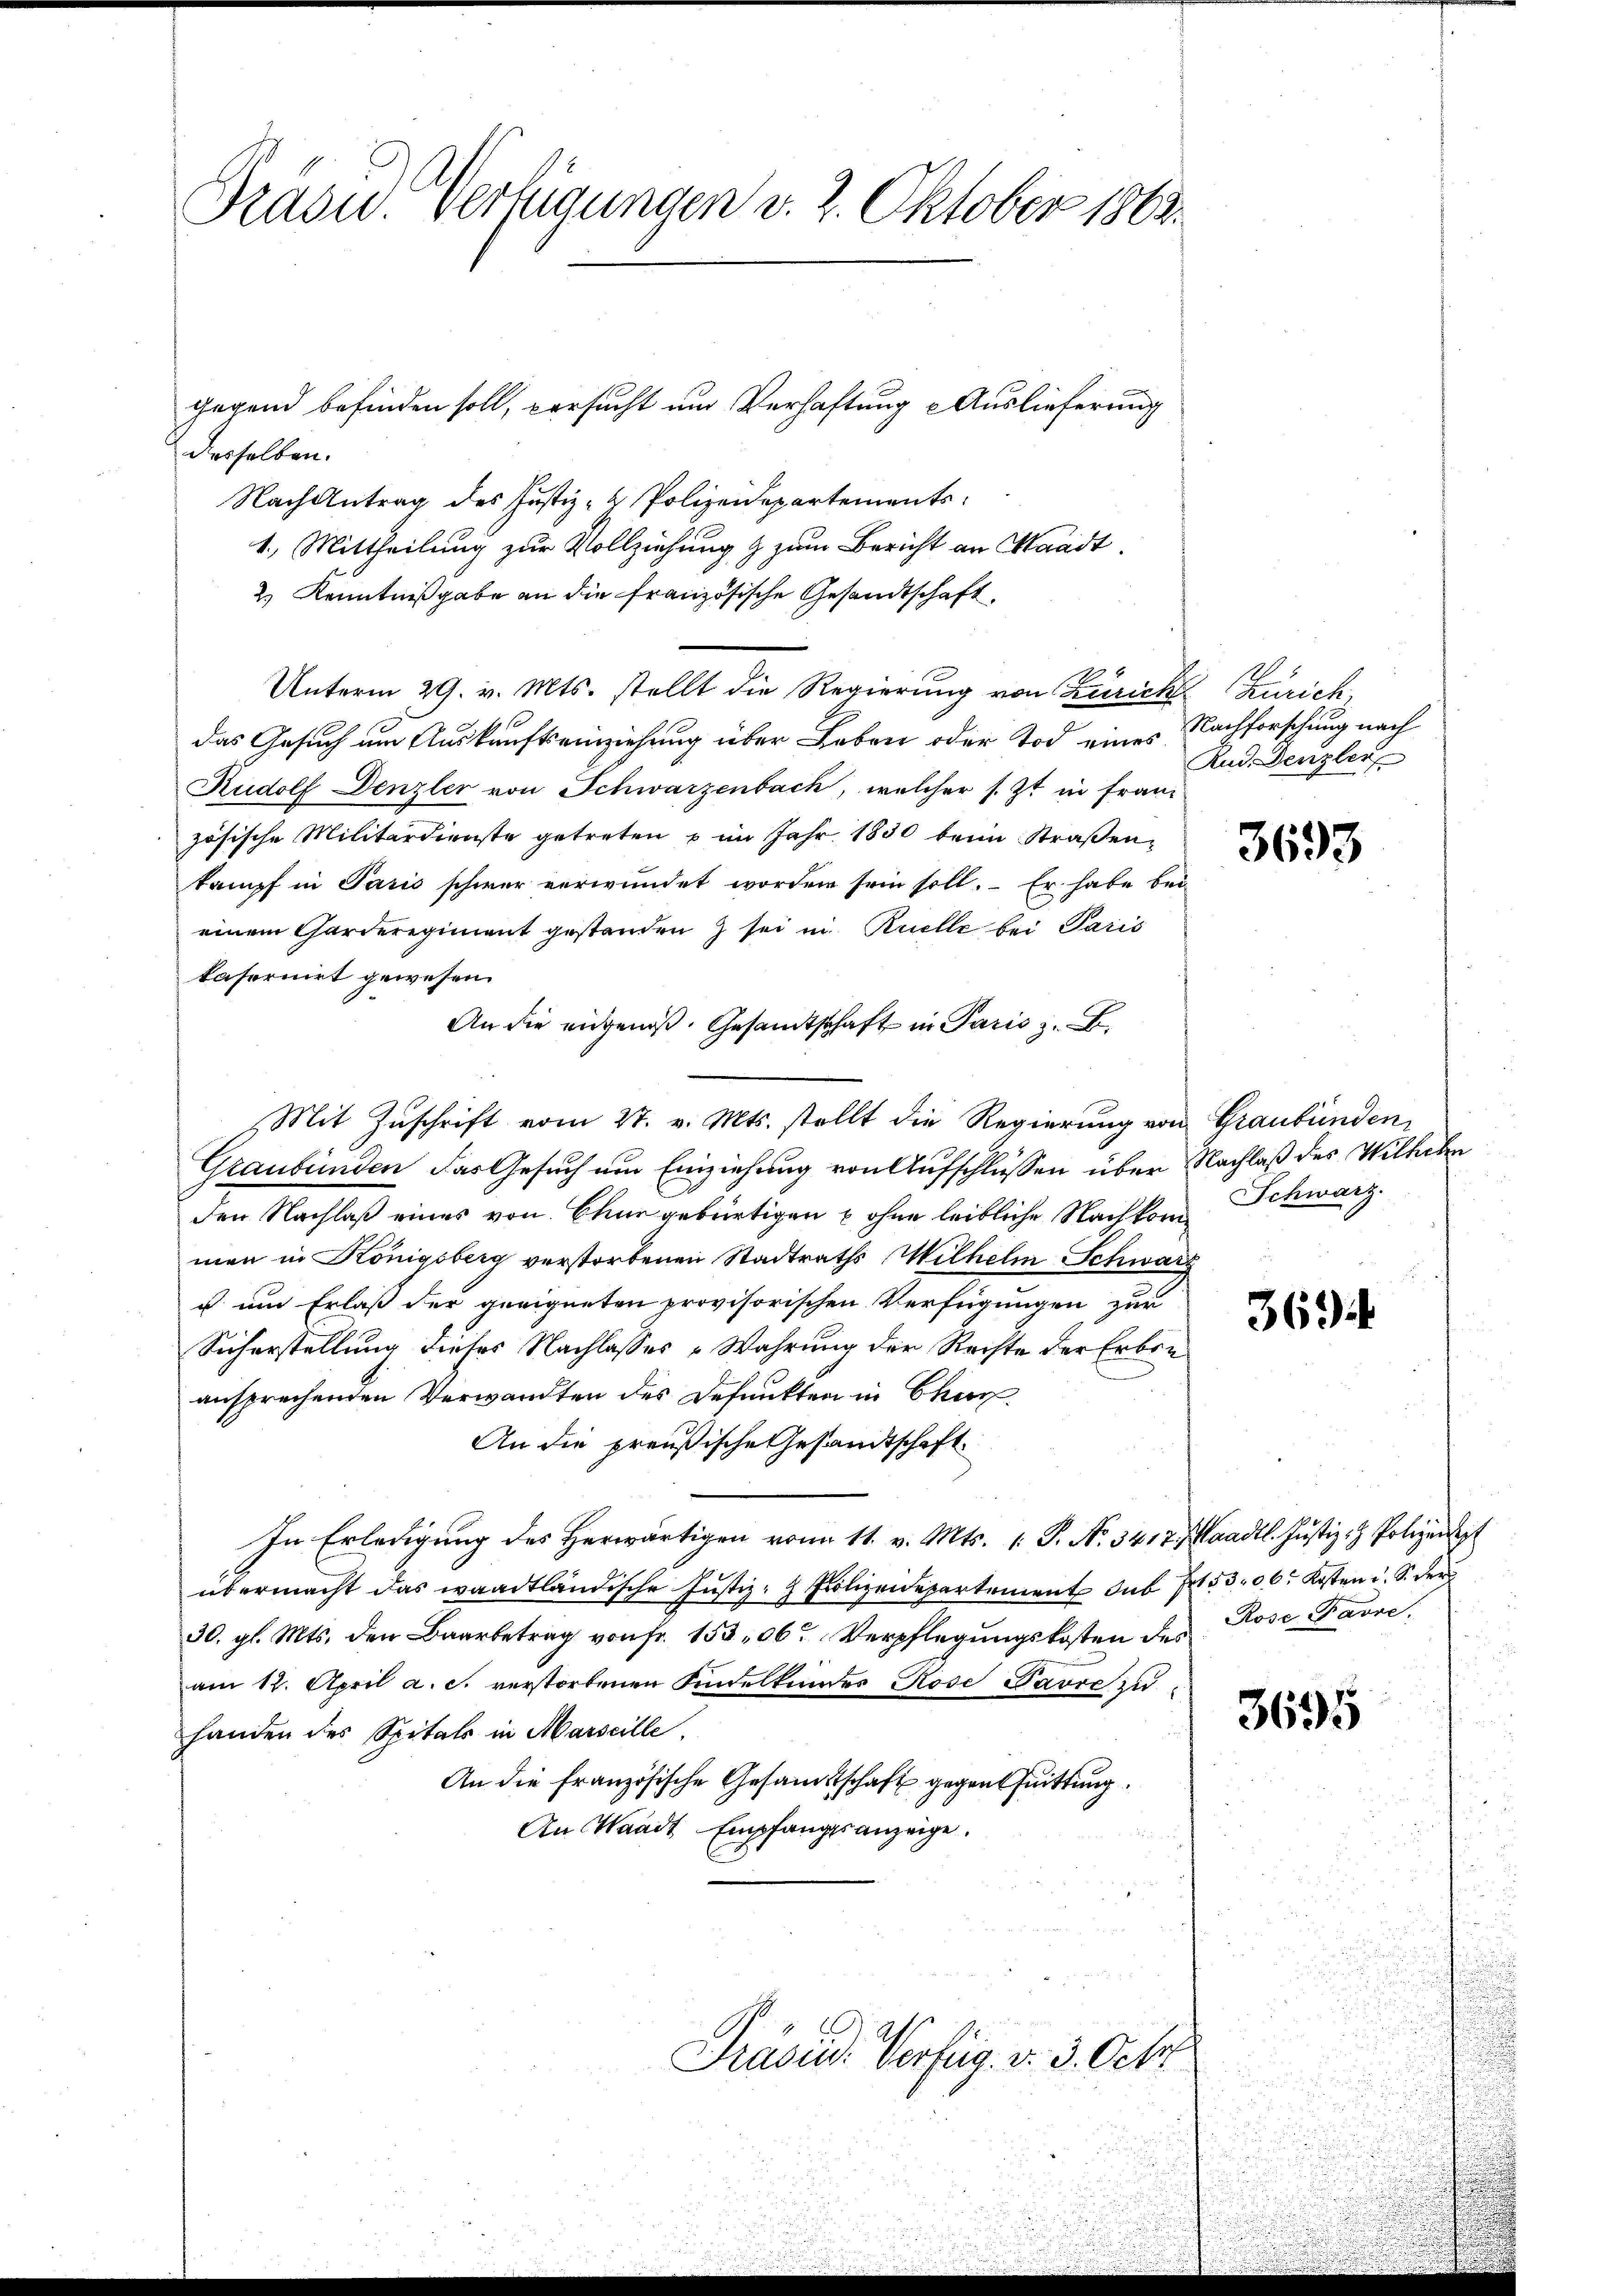
Präsid.. Verfügungen v. 2. Oktober 1863.

gegend befinden soll, versucht und Verhaftung u Auslieferung
desselben.
Nach Antrag des Justiz- & Polizeidepartements
1.) Mittheilung zur Vollziehung & zum Bericht an Waadt.
2.) Kenntnißgabe an die französische Gesandtschaft
Unterm 29. v. Mts. stellt die Regierung von Zürich Zürich,
das Gesuch um Auskunftseinziehung über Leben oder Tod eines Nachforschung nach
Rudolf Denzler von Schwarzenbach, welcher s. Zt. in Franz
zösische Militärdienste getreten u im Jahr 1830 beim Straßenkampf in Paris schwer verwundet worden sein soll. Er habe bei
einem Garderegiment gestandenz sei in Ruelle bei Paris
taformiet gewesen.
An die angenoß. Gesamtschaft in Paris z. B.
Graubünden, das Gesuch um Einziehung von Aufschlüssen über Nachlaß des Wilheln
den Nachlaß eines von Chur gebürtigen & ohne leibliche Nachkom Schwarz.
men in Königsberg verstorbenen Stadtraths Wilhelm Schwarz
u um Erlaß der geeigneten provisorischen Verfügungen zur
Sicherstellung dieses Nachlasses Wahrung der Rechte der Erbreansprechenden Verwandten des Defunkten in Char
An die preußische Gesandtschaft
In Erledigung des Herwärtigen vom 11. v. Mts. 1. P. Nr. 34, 7. Waadt. Justiz- & Polizeipt
übermacht das waadtländische Justiz- & Polizeidepartement das Fr. 306. Kosten u. S. der
30. gl. Mts. den Baarbetrag von fr. 153, 06. Verpflegŭngskosten des Rose Pavre,
am 12. April a. c. verstorbenen Kindelkundes Rose Pavre zu
handen des Spitals in Marseille.
An die französische Gesamtschaft gegen fuittung
An Waadt Empfangsanzeige.

Mit Zŭschrift vom 27. v. Mts. stellt die Regierung von Graubünden,

Präsid. Verfüg. v. 3. Octr.

And. Denzler

3693

369

3695